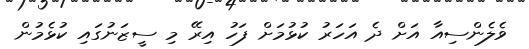
ވެލެންސިއާ އަށް ދެ އަހަރު ކުޅުމަށް ފަހު އިރޭ މި ސީޒަނުގައި ކުޅެމުން